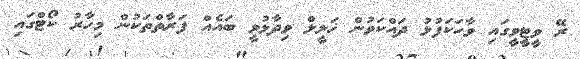
ރޭ ވީޓީވީގައި ވާހަކަފުޅު ދައްކަވުން ޚަލީލް ވިދާޅުވީ ބައެއް ފަރާތްތަކުން މިހާރު ކޯޓްގައި